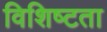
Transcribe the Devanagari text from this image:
विशिष्‍टता